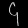
Digit: ၄